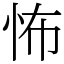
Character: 怖